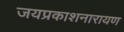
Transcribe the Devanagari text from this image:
जयप्रकाशनारायण